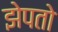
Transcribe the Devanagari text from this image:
झेपतो